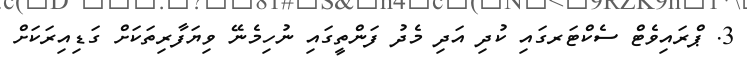
3. ޕްރައިވެޓް ސެކްޓަރގައި ކުދި އަދި މެދު ފަންތީގައި ނުހިމެނޭ ވިޔަފާރިތަކަށް ގަޑިއިރަކަށް